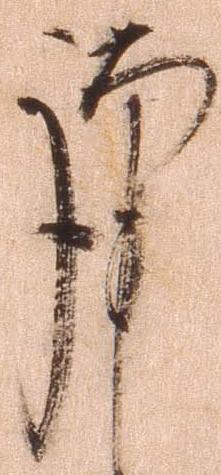
謹